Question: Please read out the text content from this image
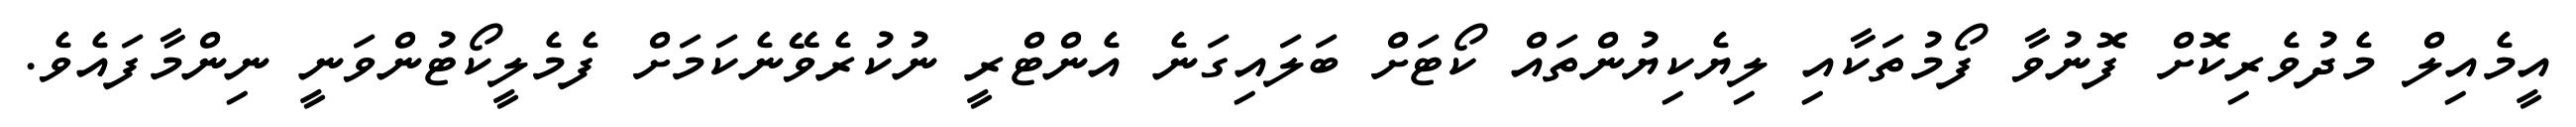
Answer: އީމެއިލް މެދުވެރިކޮށް ފޮނުވާ ފޯމުތަކާއި ލިޔެކިޔުންތައް ކޯޓަށް ބަލައިގަނެ އެންޓްރީ ނުކުރެވޭނެކަމަށް ފެމެލީކޯޓުންވަނީ ނިންމާފައެވެ.